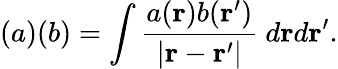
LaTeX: (a)(b)=\int\frac{a({\mathbf r})b({\mathbf r^{\prime}})}{\left|{\mathbf r}-{\mathbf r^{\prime}}\right|}~d{\mathbf r}d{\mathbf r^{\prime}}.